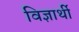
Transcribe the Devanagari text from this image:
विज्ञार्थी